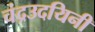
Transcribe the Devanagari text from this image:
चंद्रउदयिनी